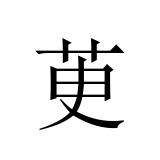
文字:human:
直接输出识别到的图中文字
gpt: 茰